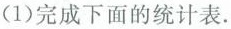
(1)完成下面的统计表。